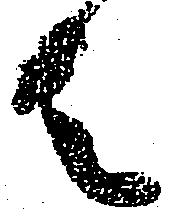
者